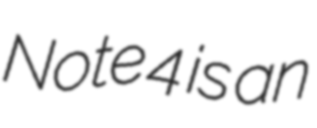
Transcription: Note 4 is an